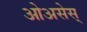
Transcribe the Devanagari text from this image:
ओअसेस्